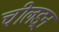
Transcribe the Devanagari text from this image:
चीलड्रन